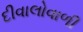
દીવાલોવાળી